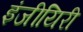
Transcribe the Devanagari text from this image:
इंजीयिरी